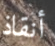
أنقاذ